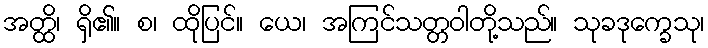
အတ္ထိ၊ ရှိ၏။ စ၊ ထိုပြင်။ ယေ၊ အကြင်သတ္တဝါတို့သည်။ သုခဒုက္ခေသု၊